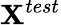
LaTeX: \textbf X^{test}